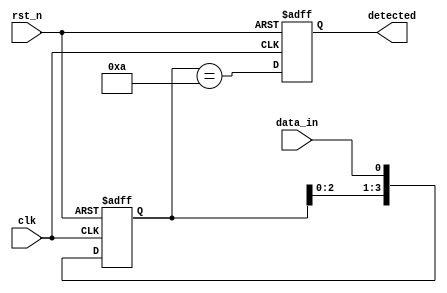
module PatternDetector #(
    parameter PATTERN_LENGTH = 4, // Length of the pattern to detect
    parameter DATA_WIDTH = 1       // Width of the input data (1 bit)
)(
    input clk,                     // Clock signal
    input rst_n,                   // Active low reset
    input [DATA_WIDTH-1:0] data_in, // Incoming data stream
    output reg detected            // Output signal indicating detection
);

    // Pattern register to hold the predefined pattern
    reg [PATTERN_LENGTH-1:0] pattern_reg = 4'b1010; // Example pattern (change as needed)

    // Shift register to hold the incoming data
    reg [PATTERN_LENGTH-1:0] shift_reg;

    // Sequential logic for the shift register
    always @(posedge clk or negedge rst_n) begin
        if (!rst_n) begin
            shift_reg <= 0; // Reset shift register
            detected <= 0;  // Reset detected signal
        end else begin
            shift_reg <= {shift_reg[PATTERN_LENGTH-2:0], data_in}; // Shift left and insert new data
            detected <= (shift_reg == pattern_reg); // Compare shift register with pattern
        end
    end

endmodule